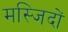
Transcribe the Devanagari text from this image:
मस्‍जिदों